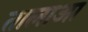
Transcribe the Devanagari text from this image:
तालाआ